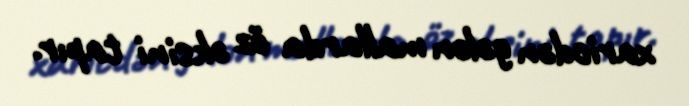
xaricdən gələn mallarda öz əksini tapır.